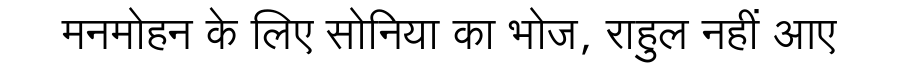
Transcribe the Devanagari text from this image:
मनमोहन के लिए सोनिया का भोज, राहुल नहीं आए